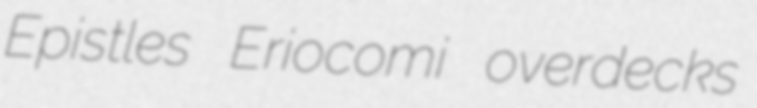
Epistles Eriocomi overdecks